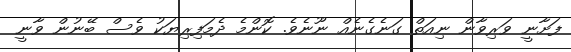
ފަށާނީ ވަރިވާން ނިއަތް ގަނެގެނެއް ނޫނެވެ. ކޮންމެ ދެމަފިރިޔަކު ވެސް ބޭނުން ވާނީ